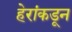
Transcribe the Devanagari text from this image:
हेरांकडून